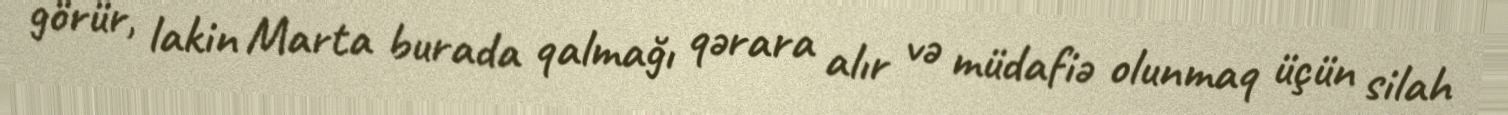
görür, lakin Marta burada qalmağı qərara alır və müdafiə olunmaq üçün silah